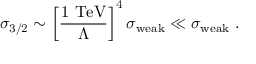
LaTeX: \sigma _ { 3 / 2 } \sim \left[ \frac { 1 ~ \mathrm { T e V } } { \Lambda } \right] ^ { 4 } \sigma _ { \mathrm { w e a k } } \ll \sigma _ { \mathrm { w e a k } } ~ .